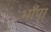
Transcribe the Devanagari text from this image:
भाँपा